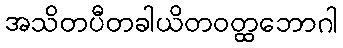
အသိတပီတခါယိတဝတ္ထဘောဂါ